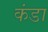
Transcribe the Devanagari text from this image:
कंडा